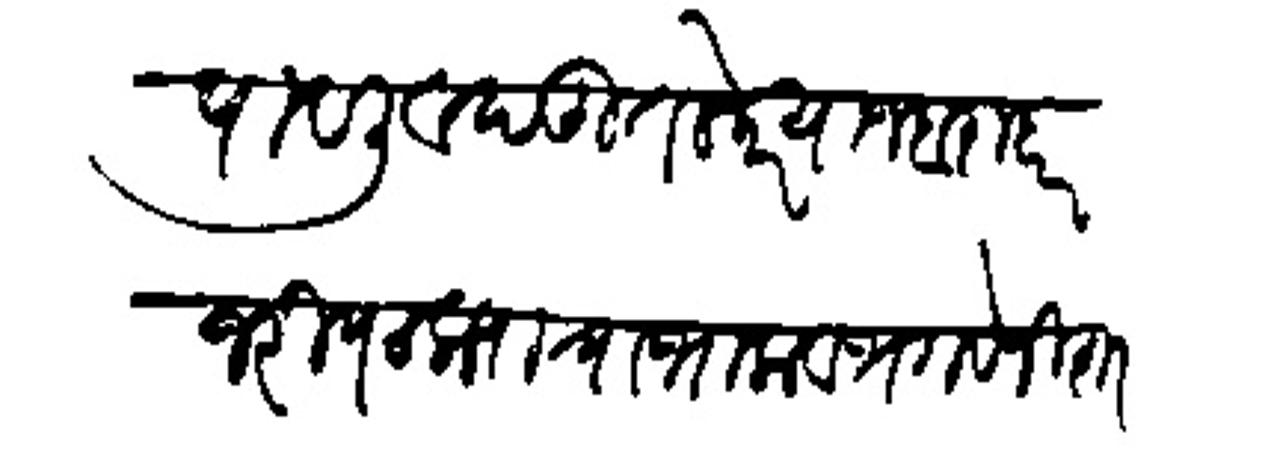
Transliteration (Devanagari): पावली व दत्तु तलेकर याजबराबर जरीपटक्याचा भाला व भगवे निशाण